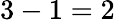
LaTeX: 3-1=2